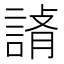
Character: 𧨪